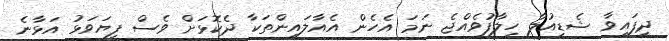
ދީފައިވާ ޝެޑިއުލާ ހިލާފުވެއްޖެ ނަމަ އެހެން އެއާލައިންތަކާ ދެކޮޅަށް ވެސް ފިޔަވަޅު އަޅާނެ